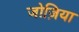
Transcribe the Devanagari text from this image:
जोज़िया